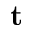
\mathbf { t }